Report of the Indian Hemp Drugs Commission, 1894-1895 - Volume VII
Year: 1894
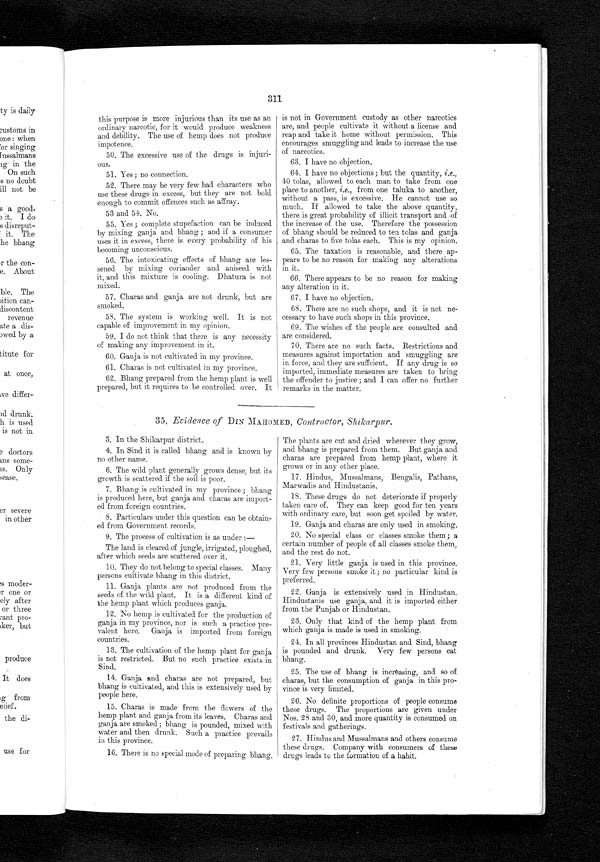
311
this purpose is more injurious than its use as an
ordinary narcotic, for it would produce weakness
and debility. The use of hemp does not produce
impotence.
50. The excessive use of the drugs is injuri-
ous.
51. Yes; no connection.
52. There may be very few bad characters who
use these drugs in excess, but they are not bold
enough to commit offences such as affray.
53 and 54. No.
55. Yes ; complete stupefaction can be induced
by mixing ganja and bhang ; and if a consumer
uses it in excess, there is every probability of his
becoming unconscious.
56. The intoxicating effects of bhang are les-
sened by mixing coriander and aniseed with
it, and this mixture is cooling. Dhatura is not
mixed.
57. Charas and ganja are not drunk, but are
smoked.
58. The system is working well. It is not
capable of improvement in my opinion.
59. I do not think that there is any necessity
of making any improvement in it.
60. Ganja is not cultivated in my province.
61. Charas is not cultivated in my province.
62. Bhang prepared from the hemp plant is well
prepared, but it requires to be controlled over. It
is not in Government custody as other narcotics
are, and people cultivate it without a license and
reap and take it home without permission. This
encourages smuggling and leads to increase the use
of narcotics.
63. I have no objection.
64. I have no objections; but the quantity, i.e.,
40 tolas, allowed to each man to take from one
place to another, i.e., from one taluka to another,
without a pass, is excessive. He cannot use so
much. If allowed to take the above quantity,
there is great probability of illicit transport and. of
the increase of the use. Therefore the possession
of bhang should be reduced to ten tolas and ganja
and charas to five tolas each. This is my opinion.
65. The taxation is reasonable, and there ap-
pears to be no reason for making any alterations
in it.
66. There appears to be no reason for making
any alteration in it.
67. I have no objection.
68. There are no such shops, and it is not ne-
cessary to have such shops in this province.
69. The wishes of the people are consulted and
are considered.
70. There are no such facts. Restrictions and
measures against importation and smuggling are
in force, and they are sufficient. If any drug is so
imported, immediate measures are taken to bring
the offender to justice ; and I can offer no further
remarks in the matter.
35. Evidence of DIN MAHOMED, Contractor, Shikarpur.
3. In the Shikarpur district.
4. In Sind it is called bhang and is known by
no other name.
6. The wild plant generally grows dense, but its
growth is scattered if the soil is poor.
7. Bhang is cultivated in my province ; bhang
is produced here, but ganja and charas are import-
ed from foreign countries.
8. Particulars under this question can be obtain-
ed from Government records.
9. The process of cultivation is as under :-
The land is cleared of jungle, irrigated, ploughed,
after which seeds are scattered over it.
10. They do not belong to special classes. Many
persons cultivate bhang in this district.
11. Ganja plants are not produced from the
seeds of the wild plant. It is a different kind of
the hemp plant which produces ganja
.
12. No hemp is cultivated for the production of
ganja in my province, nor is such a practice pre-
valent here. Ganja is imported from foreign
countries
.
13. The cultivation of the hemp plant for ganja
is not restricted. But no such practice exists in
Sind.
14. Ganja and charas are not prepared, but
bhang is cultivated, and this is extensively used by
people here.
15. Charas is made from the flowers of the
hemp plant and ganja from its leaves. Charas and
ganja are smoked; bhang is pounded, mixed with
water and then drunk. Such a practice prevails
in this province.
16. There is no special mode of preparing bhang.
The plants are cut and dried wherever they grow,
and bhang is prepared from them. But ganja and
charas are prepared from hemp plant, where it
grows or in any other place.
17. Hindus, Mussalmans, Bengalis, Pathans,
Marwadis and Hindustanis.
18. These drugs do not deteriorate if properly
taken care of. They can keep good for ten years
with ordinary care, but soon get spoiled by water
.
19. Ganja and charas are only used in smoking.
20. No special class or classes smoke them ; a
certain number of people of all classes smoke them,
and the rest do not.
21. Very little ganja is used in this province.
Very few persons smoke it ; no particular kind is
preferred.
22. Ganja is extensively used in Hindustan.
Hindustanis use ganja, and it is imported either
from the Punjab or Hindustan.
23. Only that kind of the hemp plant from
which ganja is made is used in smoking.
24. In all provinces Hindustan and Sind, bhang
is pounded and drunk. Very few persons eat
bhang.
25. The use of bhang is increasing, and so of
charas, but the consumption of ganja in this pro-
vince is very limited.
26. No definite proportions of people consume
these drugs. The proportions are given under
Nos. 28 :id 30, and more quantity is consumed on
festivals and gatherings.
27. Hindus and Mussalmans and others consume
these drugs. Company with consumers of these
drugs leads to the formation of a habit.